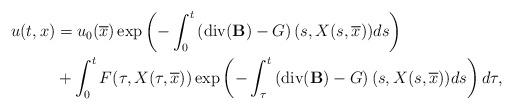
LaTeX: \begin{align*}u(t,x)&=u_0(\overline{x})\exp\left(-\int_{0}^{t}\left(\operatorname{div}(\mathbf{B})-G\right)(s,X(s,\overline{x}))ds\right)\\&+\int_{0}^{t}F(\tau,X(\tau,\overline{x})) \exp\left(-\int_{\tau}^{t}\left(\operatorname{div}(\mathbf{B})-G\right)(s,X(s,\overline{x}))ds\right)d\tau,\end{align*}